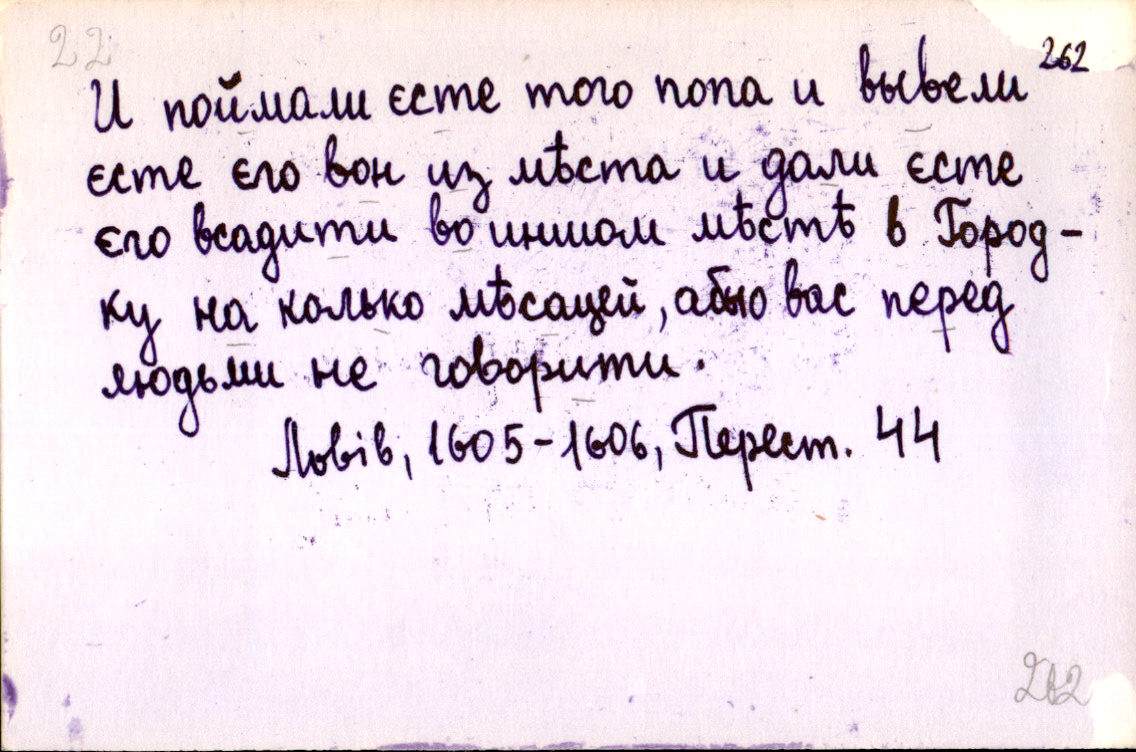
И поймали єсте того попа и вывели
єсте єго вон из мѣста и дали єсте
єго всадити во иншом мѣстѣ в Город-
ку на колько мѣсяцей, абы о вас перед
людьми не говорити.
Львів, 1605-1606, Перест. 44